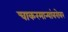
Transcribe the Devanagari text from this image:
चाकरमान्यांबरोबर